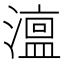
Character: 𭲳